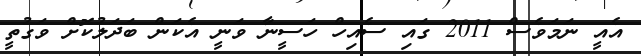
އެއީ ނަމަވެސް 2011 ގައި ސެއިހް ހަސީނާ ވަނީ އެކަން ބަދަލުކޮށް ވަގުތީ